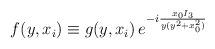
\begin{align*}f(y,x_i)\equiv g(y,x_i)\, e^{ -i \frac{x_0 I_3 }{y (y^2 + x_0^2)}}\end{align*}